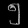
Digit: ၅